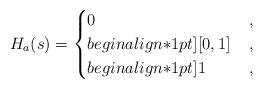
LaTeX: \begin{align*}H_a(s)=\begin{cases}0 & \,,\\begin{align*}1pt][0,1] & \,,\\begin{align*}1pt]1 & \,, \end{cases}\end{align*}